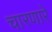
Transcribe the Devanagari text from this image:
चारणारे